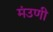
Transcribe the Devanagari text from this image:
मंउणी